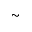
\sim